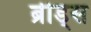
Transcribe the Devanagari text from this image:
ब्रीड्स